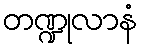
တဏ္ဍုလာနံ